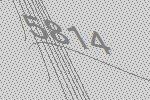
5814